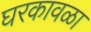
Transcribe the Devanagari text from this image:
घरकावळा